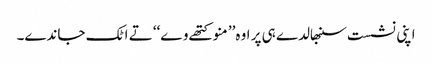
اپنی نشست سنبھالدے ہی پر اوہ’’ منو کتھے وے‘‘ تے اٹک جاندے۔